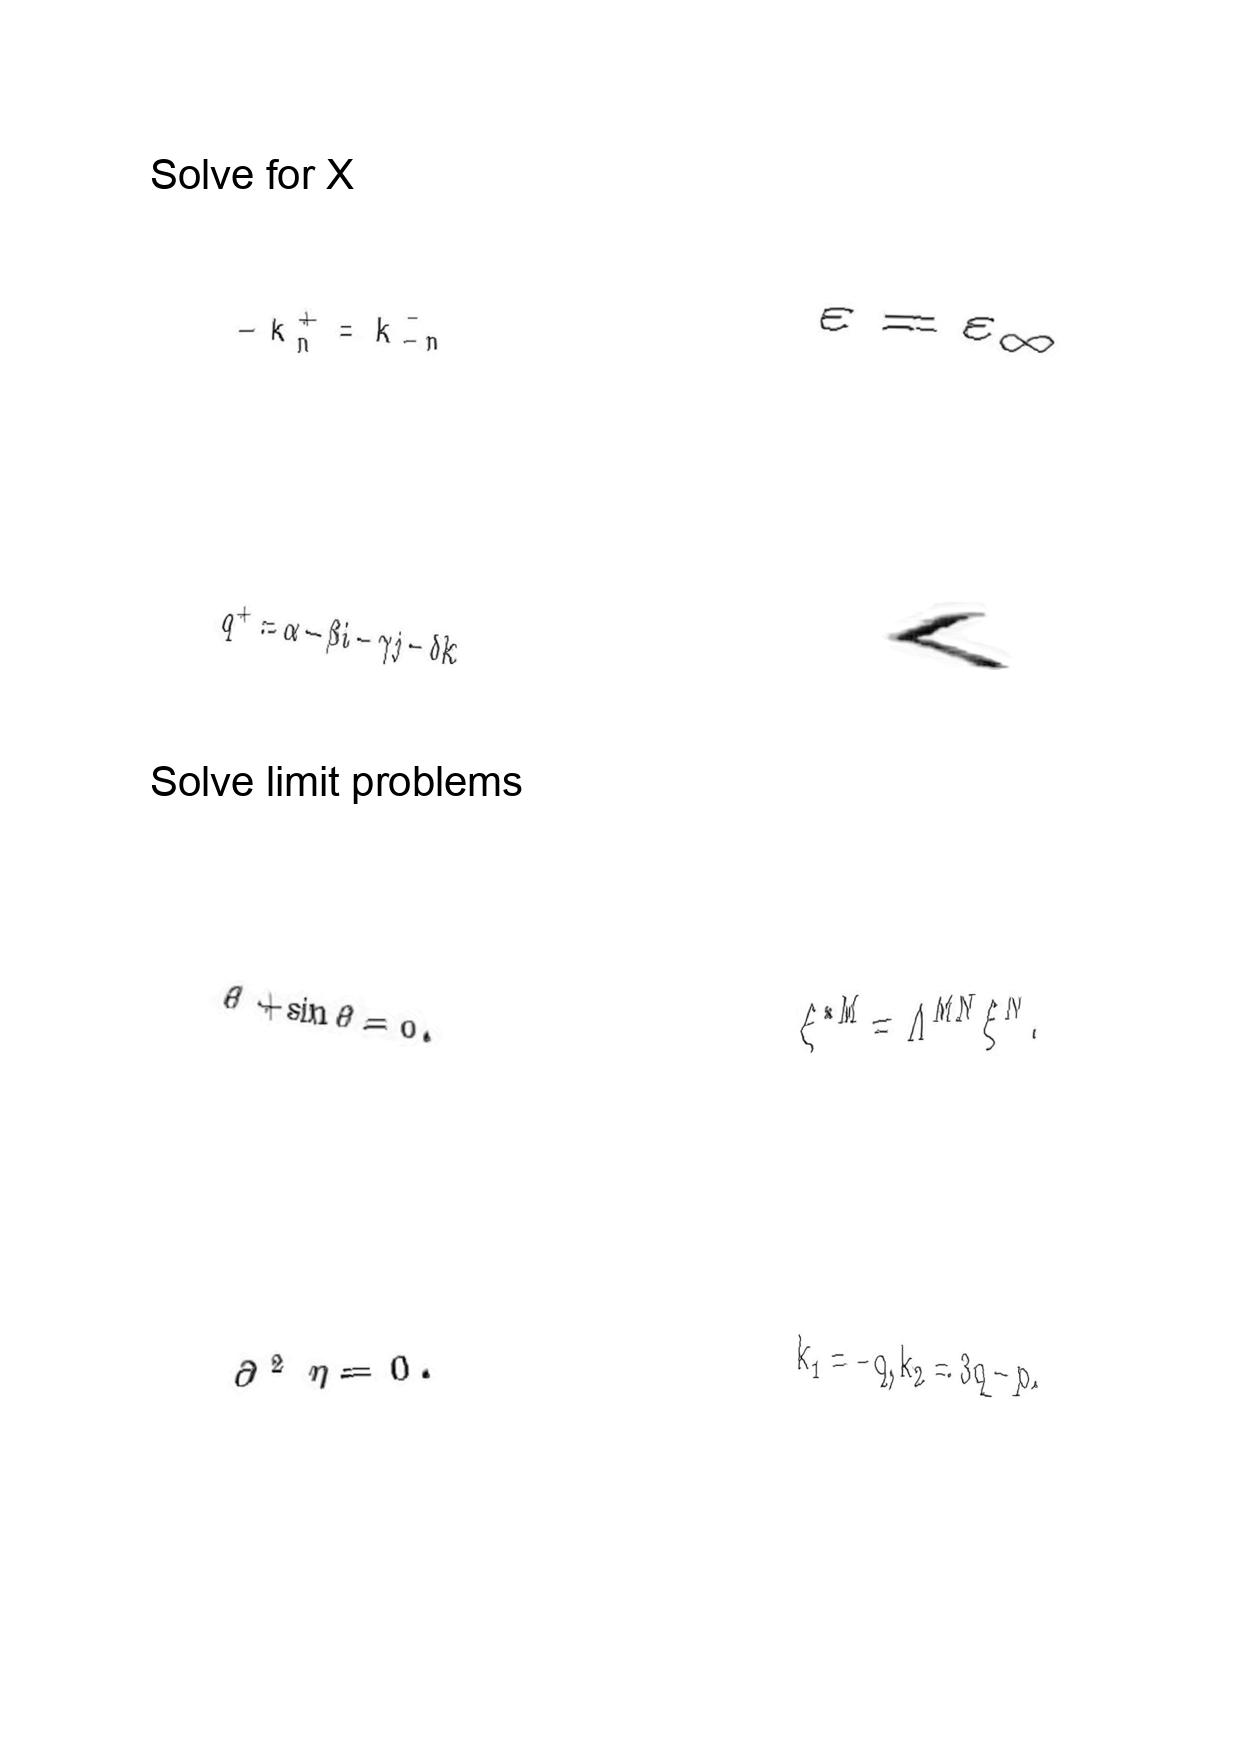
LaTeX transcription:
- k _ { n } ^ { + } = k _ { - n } ^ { - }
q ^ { + } = \alpha - \beta i - \gamma j - \delta k
\ddot { \theta } + \sin \theta = 0 .
\partial ^ { 2 } \eta = 0 .
\varepsilon = \varepsilon _ { \infty }
\langle
\xi ^ { \ast M } = \Lambda ^ { M N } \xi ^ { N } .
k _ { 1 } = - q , k _ { 2 } = 3 q - p .